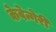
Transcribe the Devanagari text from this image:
केवेन्गेरी